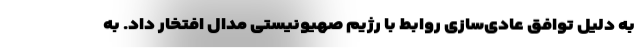
به دلیل توافق عادی‌سازی روابط با رژیم صهیونیستی مدال افتخار داد. به